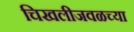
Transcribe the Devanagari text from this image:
चिखलीजवळच्या